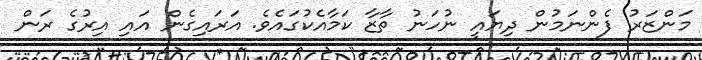
މަންޒަރު ފެންނަމުން ދިޔައީ ނުހަނު ތާޒާ ކަމާއެކުގައެވެ. އަރައިގެން އައި އިރުގެ ރަން